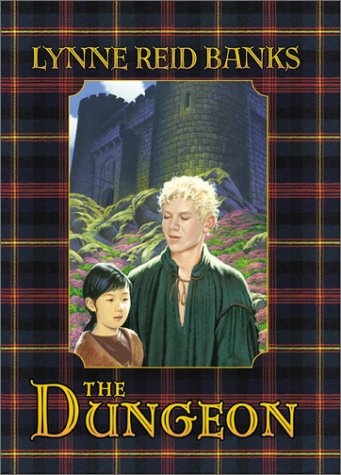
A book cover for The Dungeon; Lynne Reid Banks; Teen & Young Adult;